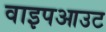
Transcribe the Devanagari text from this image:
वाइपआउट